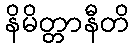
နိမိတ္တာနီတိ